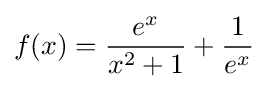
f(x)={\frac {e^{x}}{x^{2}+1}}+{\frac {1}{e^{x}}}